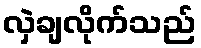
လှဲချလိုက်သည်